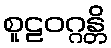
စူဠဝဂ္ဂန္တိ